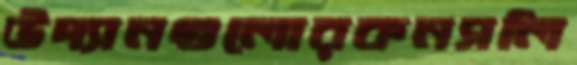
উদ্যানগুলোরকনসলি